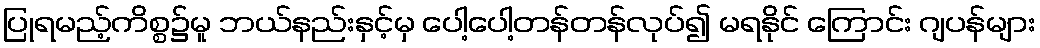
ပြုရမည့်ကိစ္စ၌မူ ဘယ်နည်းနှင့်မှ ပေါ့ပေါ့တန်တန်လုပ်၍ မရနိုင် ကြောင်း ဂျပန်များ